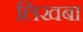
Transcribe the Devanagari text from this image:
लिखबा